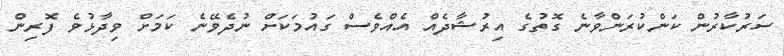
ސަރުކާރުން ކަންކުރަންވާނެ ގޮތުގެ އިރުޝާދެއް އެއްވެސް ގައުމަކަށް ނުދެވޭނެ ކަމަށް ވިދާޅުވެ ފޮރިން